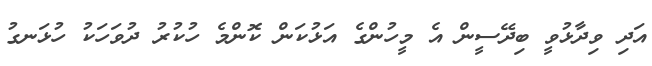
އަދި ވިދާޅުވީ ބިދޭސީން އެ މީހުންގެ އަޅުކަން ކޮންމެ ހުކުރު ދުވަހަކު ހުޅަނގު